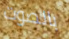
بالصوت